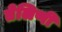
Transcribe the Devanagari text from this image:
तेलिणी